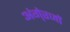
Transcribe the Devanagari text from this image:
अंगे्रजों